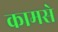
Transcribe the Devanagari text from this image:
कामसे